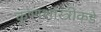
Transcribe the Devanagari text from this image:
कृष्णशास्त्रीकडे